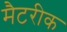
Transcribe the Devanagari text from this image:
मैटरीक